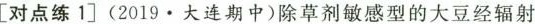
[对点练1] (2019·大连期中)除草剂敏感型的大豆经辐射